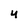
Character: 4